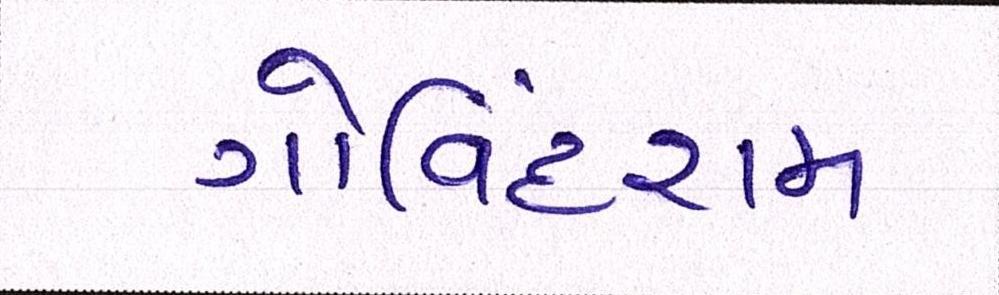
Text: ગોવિંદરામ